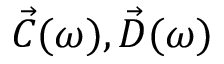
\vec { C } ( \omega ) , \vec { D } ( \omega )